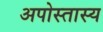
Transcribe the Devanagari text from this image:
अपोस्तास्य